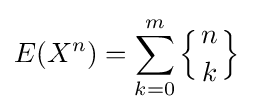
E(X^{n})=\sum _{k=0}^{m}\left\{{n \atop k}\right\}